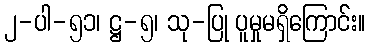
၂-ပါ-၅၁၊ ဋ္ဌ-၅၊ သု-ပြု ပူမှုမရှိကြောင်း။